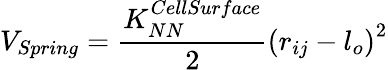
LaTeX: V_{Spring}=\frac{K_{NN}^{CellSurface}}{2}\left(r_{ij}-l_{o}\right)^{2}